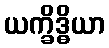
ယက္ခိဒ္ဓိယာ